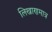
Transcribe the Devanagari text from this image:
लिखाणमात्र